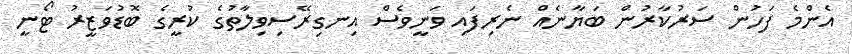
އެންމެ ފަހުން ސަރުކާރުން ބަޔާނެއް ނެރިފައި ވަނީވެސް އިނގިރޭސިވިލާތުގެ ކުރީގެ ބޮޑުވަޒީރު ޓޯނީ